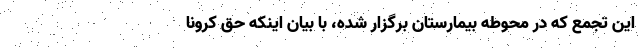
این تجمع که در محوطه بیمارستان برگزار شده، با بیان اینکه حق کرونا